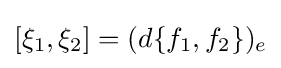
[\xi _{1},\xi _{2}]=(d\{f_{1},f_{2}\})_{e}